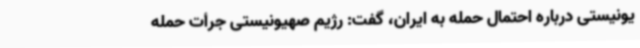
یونیستی درباره احتمال حمله به ایران، گفت: رژیم صهیونیستی جرأت حمله